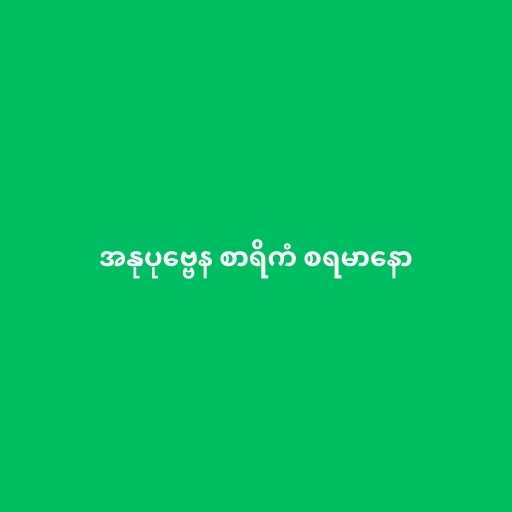
အနုပုဗ္ဗေန စာရိကံ စရမာနော